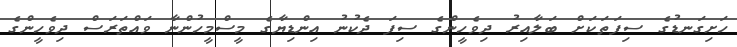
ހަށިގަނޑުގެ ސިފަތަކަށް ބަލާއިރު ދިވެހީންގެ ސިފަ ދެކުނު އިންޑިޔާގެ މީސްމީހުންނާ ވައްތަރަސް ދިވެހީންގެ